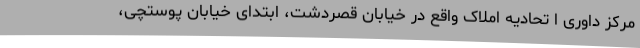
مرکز داوری ا تحادیه املاک واقع در خیابان قصردشت، ابتدای خیابان پوستچی،